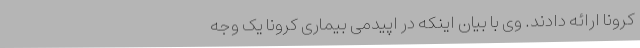
کرونا ارائه دادند. وی با بیان اینکه در اپیدمی بیماری کرونا یک وجه